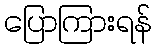
ပြောကြားရန်